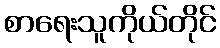
စာရေးသူကိုယ်တိုင်